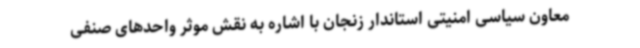
معاون سیاسی امنیتی استاندار زنجان با اشاره به نقش موثر واحدهای صنفی